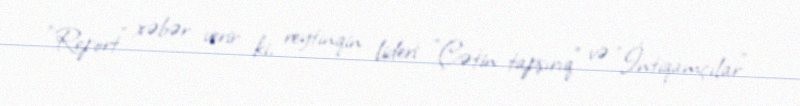
“Report” xəbər verir ki, reytinqin lideri "Çətin tapşırıq" və "İntiqamçılar"